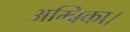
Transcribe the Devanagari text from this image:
अम्बिका।